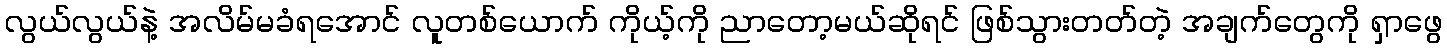
လွယ်လွယ်နဲ့ အလိမ်မခံရအောင် လူတစ်ယောက် ကိုယ့်ကို ညာတော့မယ်ဆိုရင် ဖြစ်သွားတတ်တဲ့ အချက်တွေကို ရှာဖွေ